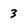
Character: 3